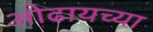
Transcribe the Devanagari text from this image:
ओढायच्या